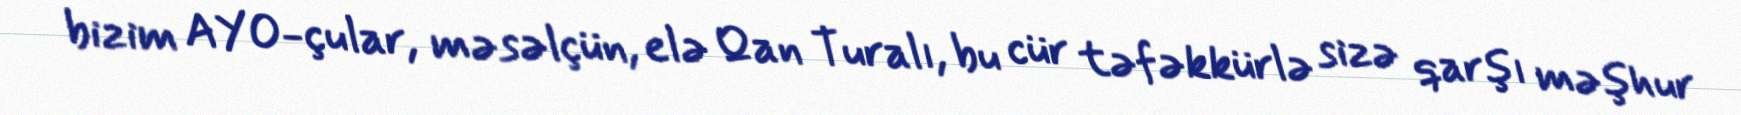
bizim AYO-çular, məsəlçün, elə Qan Turalı, bu cür təfəkkürlə sizə qarşı məşhur